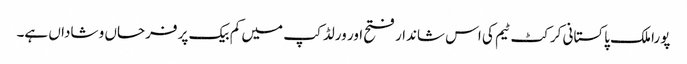
پورا ملک پاکستانی کرکٹ ٹیم کی اس شاندار فتح اور ورلڈ کپ میں کم بیک پر فرحاں و شاداں ہے۔